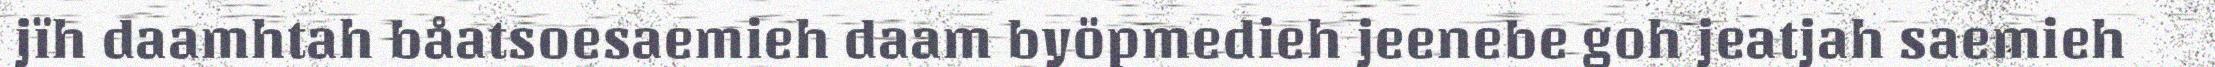
jïh daamhtah båatsoesaemieh daam byöpmedieh jeenebe goh jeatjah saemieh